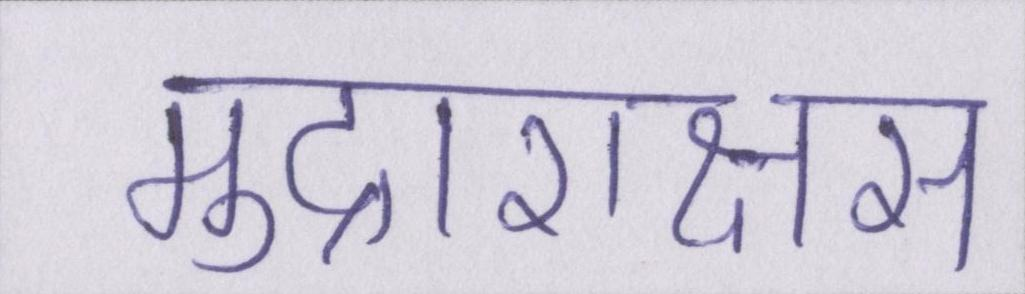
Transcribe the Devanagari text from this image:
मुद्राराक्षस